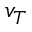
v _ { T }